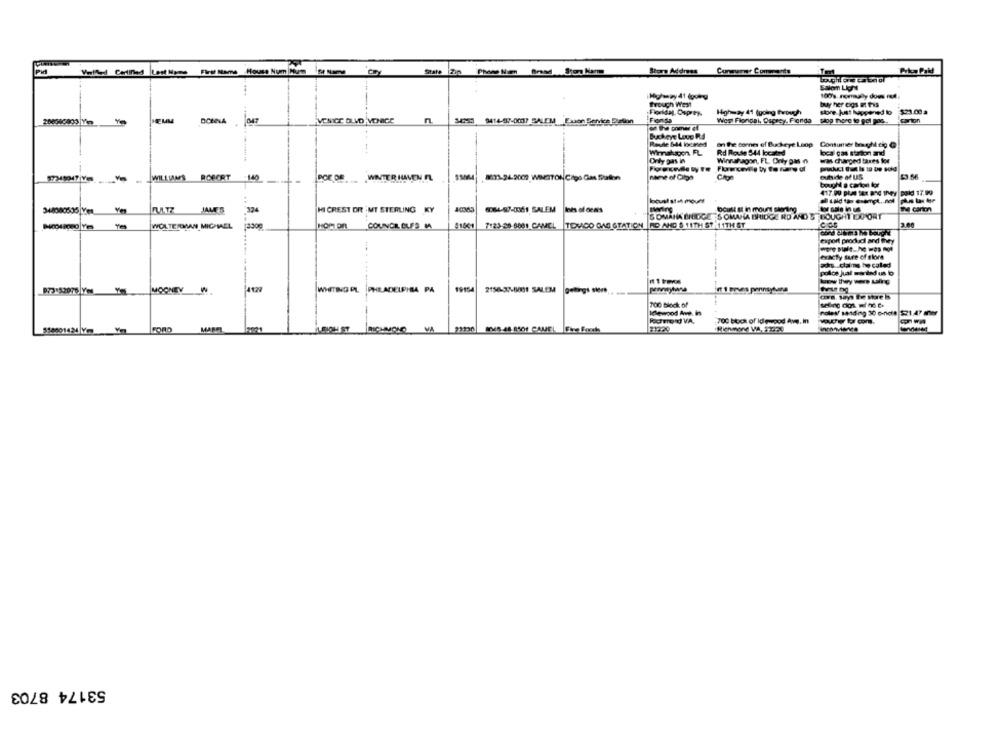
Pid
Vild Certified Lest Name First Mama House Num Mumm St Name
State
Store Address
Conavier Comments
Arka Paid
Salom Ligne
100's mommuly dow Ff
trouch West
buy her cogs at this
Highway 41 (going through
store just happened to
$23.00 a
HEMM
n
Fionda
West Floridal, Ospecy Florida plop ford to gol pos ..
34353 9414-57-0017 SALEM Exxon Service Beton
Route 644 locmed
----
on the cornes ef Buckeye Loop Consumer be gheig @
Wirahacen FL
Rd Route 544 located
loca gas station and
Orly gas in
Winnahagon, FL. Only pas n
was charged tares koe
-
. WILLIAMS
ROBERT
outside of US
417.00 plas Sex and they paid 17.99
locust steh mount
324
Doust at in mount starting
we canm
JAMES
HI CREST OR MT STERLING KY
6084-97-061 SALEM lots of oems
SOMANA BRIDGE S OMAHA BRIDGE RD AND $ BOUGHT DO ORT
COS
WOLTE MAN MICHAEL
COLINCR CLFS M
7123.28.6681 CAMEL TOXICO GAS STATION RO AND 5 11TH ST 11TH ST
export produdi and they
exacty tare of shore
acht cas he caled
973:52076 Y00
MOONEY
4429
PHILADELPHIA PA
19154
2156-37-6/81 SALEM
1 bruns pennsyluna
cora. says te More is
700 block of
Idlewood Ave. in
700 book of ideegod Ave, In
www tr com.
FORD
MARE
53174 8703